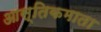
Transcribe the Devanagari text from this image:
आस्तिकमाता